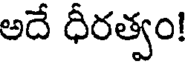
అదే ధీరత్వం!